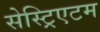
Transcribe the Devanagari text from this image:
सेस्ट्रिएटम